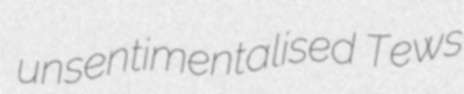
unsentimentalised Tews